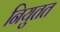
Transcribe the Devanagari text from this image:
नियुतत